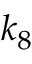
k _ { 8 }